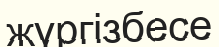
жүргізбесе